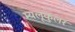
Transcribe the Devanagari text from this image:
म्यलूकुलर